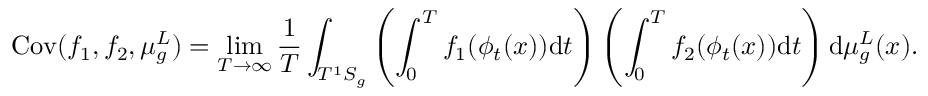
\mathrm { C o v } ( f _ { 1 } , f _ { 2 } , \mu _ { g } ^ { L } ) = \operatorname* { l i m } _ { T \to \infty } \frac { 1 } { T } \int _ { T ^ { 1 } S _ { g } } \left( \int _ { 0 } ^ { T } f _ { 1 } ( \phi _ { t } ( x ) ) \mathrm { d } t \right) \left( \int _ { 0 } ^ { T } f _ { 2 } ( \phi _ { t } ( x ) ) \mathrm { d } t \right) \mathrm { d } \mu _ { g } ^ { L } ( x ) .